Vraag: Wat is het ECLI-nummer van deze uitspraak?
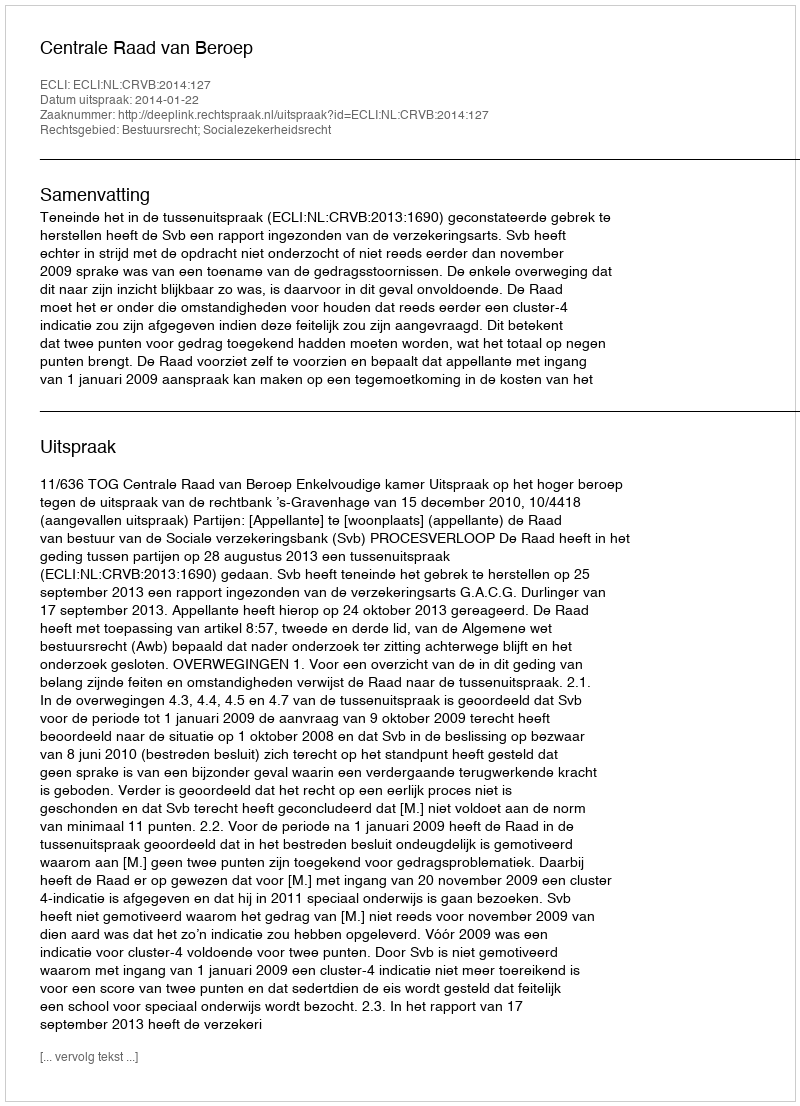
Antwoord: ECLI:NL:CRVB:2014:127